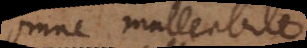
Omne malleabile